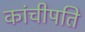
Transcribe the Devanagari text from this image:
कांचीपति